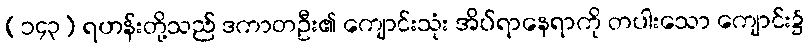
(၁၄၃) ရဟန်းတို့သည် ဒကာတဦး၏ ကျောင်းသုံး အိပ်ရာနေရာကို တပါးသော ကျောင်း၌